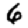
Digit: 6